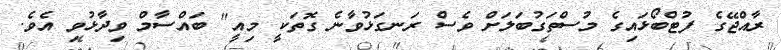
ރާއްޖޭގެ ފުޓްބޯޅައިގެ މުސްތަގުބަލަށް ވެސް ރަނގަޅުވާނެ ގޮތަކީ މިއީ" ބައްސާމް ވިދާޅުވި އެވެ.